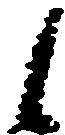
候